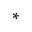
^ *